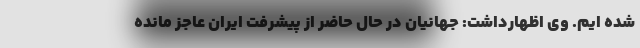
شده ایم. وی اظهارداشت: جهانیان در حال حاضر از پیشرفت ایران عاجز مانده